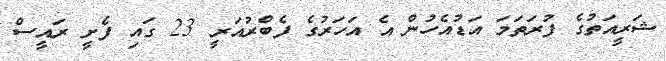
ޝަރީއަތުގެ ފުރަތަމަ އަޑުއެހުން އެ އަހަރުގެ ފެބްރުއަރީ 23 ގައި ފެށީ ރައީސް